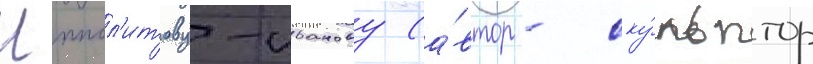
Иппол'итову-иванову (а́втор - ску́льптор